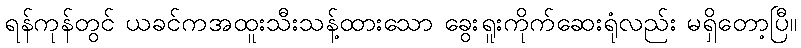
ရန်ကုန်တွင် ယခင်ကအထူးသီးသန့်ထားသော ခွေးရူးကိုက်ဆေးရုံလည်း မရှိတော့ပြီ။